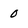
Character: o